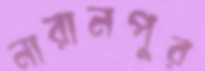
নারানপুর